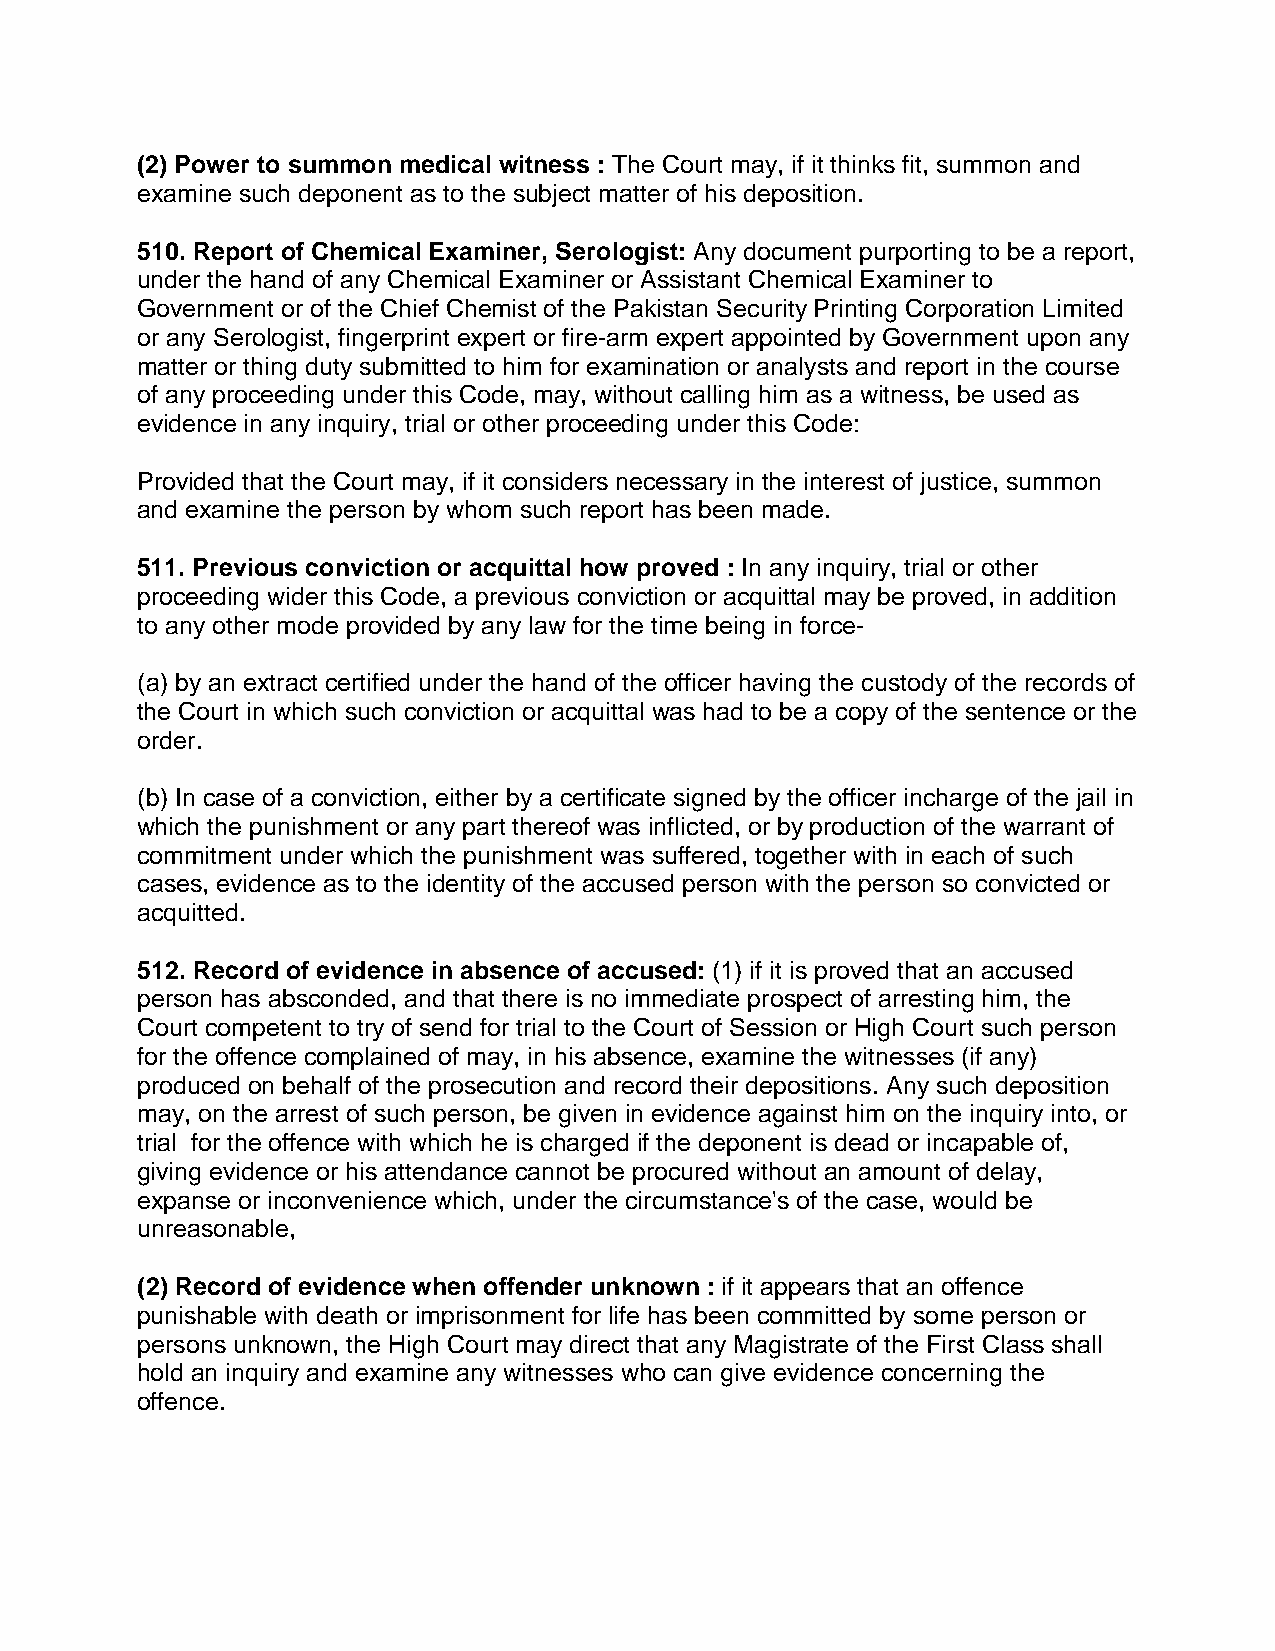
(2) Power to summon medical witness : The Court may, if it thinks fit, summon and
 examine such deponent as to the subject matter of his deposition.
 510. Report of Chemical Examiner, Serologist: Any document purporting to be a report,
 under the hand of any Chemical Examiner or Assistant Chemical Examiner to
 Government or of the Chief Chemist of the Pakistan Security Printing Corporation Limited
 or any Serologist, fingerprint expert or fire-arm expert appointed by Government upon any
 matter or thing duty submitted to him for examination or analysts and report in the course
 of any proceeding under this Code, may, without calling him as a witness, be used as
 evidence in any inquiry, trial or other proceeding under this Code:
 Provided that the Court may, if it considers necessary in the interest of justice, summon
 and examine the person by whom such report has been made.
 511. Previous conviction or acquittal how proved : In any inquiry, trial or other
 proceeding wider this Code, a previous conviction or acquittal may be proved, in addition
 to any other mode provided by any law for the time being in force-
 (a) by an extract certified under the hand of the officer having the custody of the records of
 the Court in which such conviction or acquittal was had to be a copy of the sentence or the
 order.
 (b) In case of a conviction, either by a certificate signed by the officer incharge of the jail in
 which the punishment or any part thereof was inflicted, or by production of the warrant of
 commitment under which the punishment was suffered, together with in each of such
 cases, evidence as to the identity of the accused person with the person so convicted or
 acquitted.
 512. Record of evidence in absence of accused: (1) if it is proved that an accused
 person has absconded, and that there is no immediate prospect of arresting him, the
 Court competent to try of send for trial to the Court of Session or High Court such person
 for the offence complained of may, in his absence, examine the witnesses (if any)
 produced on behalf of the prosecution and record their depositions. Any such deposition
 may, on the arrest of such person, be given in evidence against him on the inquiry into, or
 trial for the offence with which he is charged if the deponent is dead or incapable of,
 giving evidence or his attendance cannot be procured without an amount of delay,
 expanse or inconvenience which, under the circumstance's of the case, would be
 unreasonable,
 (2) Record of evidence when offender unknown : if it appears that an offence
 punishable with death or imprisonment for life has been committed by some person or
 persons unknown, the High Court may direct that any Magistrate of the First Class shall
 hold an inquiry and examine any witnesses who can give evidence concerning the
 offence.